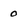
Character: 0